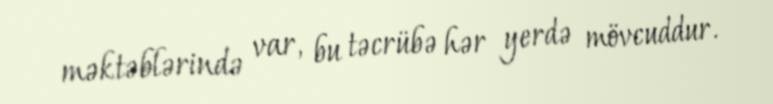
məktəblərində var, bu təcrübə hər yerdə mövcuddur.